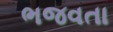
ભજવતા